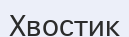
Хвостик